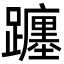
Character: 躔